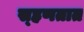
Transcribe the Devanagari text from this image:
स्हणतात